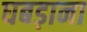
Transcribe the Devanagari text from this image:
घबड़ाना